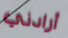
أرادني